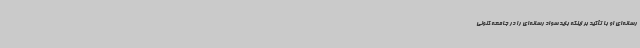
رسانه‌ای او با تأکید بر اینکه باید سواد رسانه‌ای را در جامعه کنونی